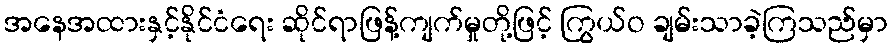
အနေအထားနှင့်နိုင်ငံရေး ဆိုင်ရာဖြန့်ကျက်မှုတို့ဖြင့် ကြွယ်ဝ ချမ်းသာခဲ့ကြသည်မှာ